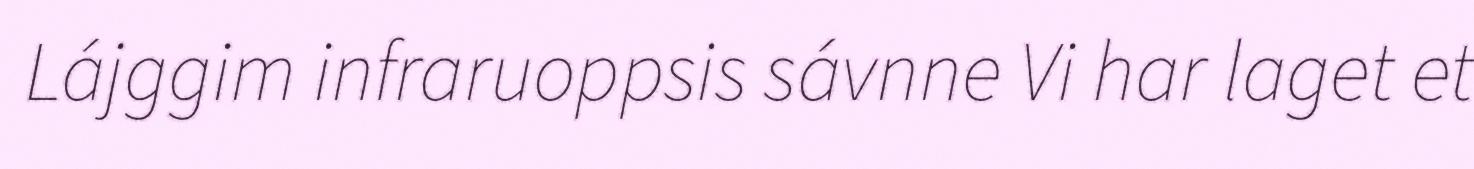
Lájggim infraruoppsis sávnne Vi har laget et